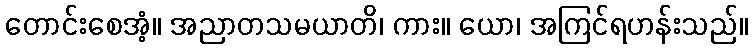
တောင်းစေအံ့။ အညာတသမယာတိ၊ ကား။ ယော၊ အကြင်ရဟန်းသည်။